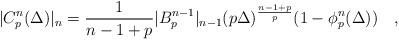
LaTeX: \begin{align*}|C_p^n(\Delta)|_n=\frac{1}{n-1+p}|B_p^{n-1}|_{n-1}(p\Delta)^{\frac{n-1+p}{p}}(1-\phi_p^n(\Delta))\quad,\end{align*}